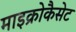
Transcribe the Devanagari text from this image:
माइक्रोकैसेट